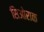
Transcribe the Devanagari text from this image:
सिओराक